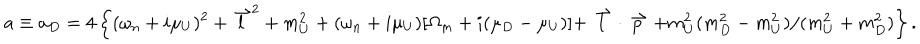
LaTeX: a \equiv a _ { D } = 4 \left\{ ( \omega _ { n } + i \mu _ { U } ) ^ { 2 } + { \stackrel { \rightharpoonup } { l } } ^ { 2 } + m _ { U } ^ { 2 } + ( \omega _ { n } + i \mu _ { U } ) [ \Omega _ { m } + i ( \mu _ { D } - \mu _ { U } ) ] + \stackrel { \rightharpoonup } { l } \cdot \stackrel { \rightharpoonup } { p } + m _ { U } ^ { 2 } ( m _ { D } ^ { 2 } - m _ { U } ^ { 2 } ) / ( m _ { U } ^ { 2 } + m _ { D } ^ { 2 } ) \right\} .